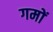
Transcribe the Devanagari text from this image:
गमों